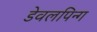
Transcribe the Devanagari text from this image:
डेवलपिन्ग